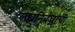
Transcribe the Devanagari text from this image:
लघुनिबंधांची